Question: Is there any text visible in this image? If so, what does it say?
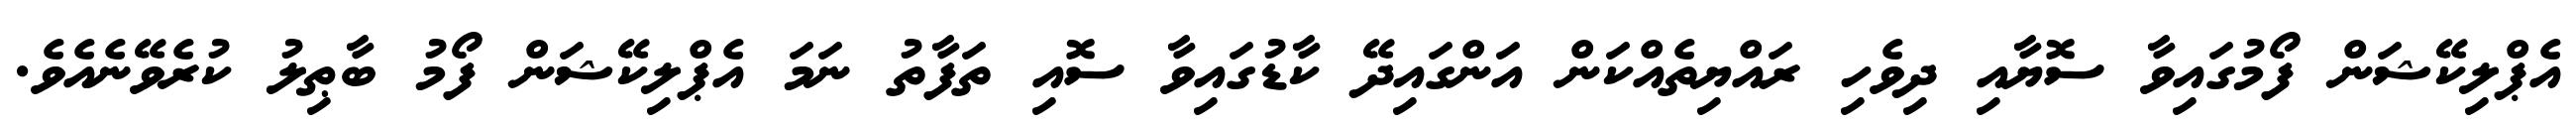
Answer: އެޕްލިކޭޝަން ފޯމުގައިވާ ސޮޔާއި ދިވެހި ރައްޔިތެއްކަން އަންގައިދޭ ކާޑުގައިވާ ސޮއި ތަފާތު ނަމަ އެޕްލިކޭޝަން ފޯމު ބާޠިލު ކުރެވޭނެއެވެ.